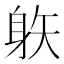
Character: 䠶